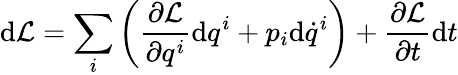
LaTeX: \mathrm{d}{\mathcal{L}}=\sum_{i}\left({\frac{\partial{\mathcal{L}}}{\partial q^{i}}}\mathrm{d}q^{i}+p_{i}\mathrm{d}{\dot{q}}^{i}\right)+{\frac{\partial{\mathcal{L}}}{\partial t}}\mathrm{d}t